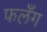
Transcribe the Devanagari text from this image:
फलँग